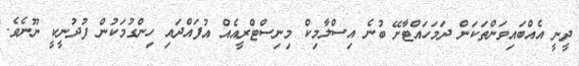
ދީނީ އެއްބައިވަންތަކަން ދަމަހައްޓާށޭ ބުނެ އިސްލާމިކް މިނިސްޓްރީއެއް އުފައްދައި ހިންގުމަކުން ފުދުނީކީ ނޫނެވެ.